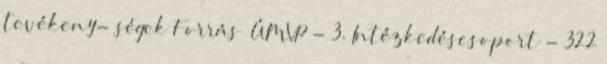
tevékeny- ségek Forrás ▪ÚMVP - 3. Intézkedéscsoport - 322